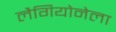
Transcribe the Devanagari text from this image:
लैगियोनेला